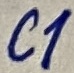
Text: C1